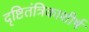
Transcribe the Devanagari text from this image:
दृष्टितंत्रिकाशीर्ष